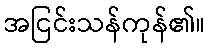
အငြင်းသန်ကုန်၏။